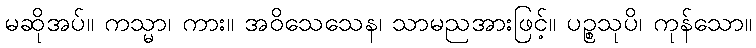
မဆိုအပ်။ ကသ္မာ၊ ကား။ အဝိသေသေန၊ သာမညအားဖြင့်။ ပဉ္စသုပိ၊ ကုန်သော။